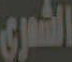
الشعري